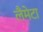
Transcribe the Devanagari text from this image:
लैमेटा